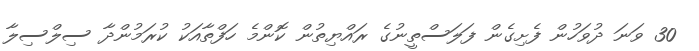
30 ވަނަ ދުވަހުން ފެށިގެން ފަލަސްތީނުގެ ރައްޔިތުން ކޮންމެ ހަފްތާއަކު ކުރަމުންދާ ސިލްސިލާ